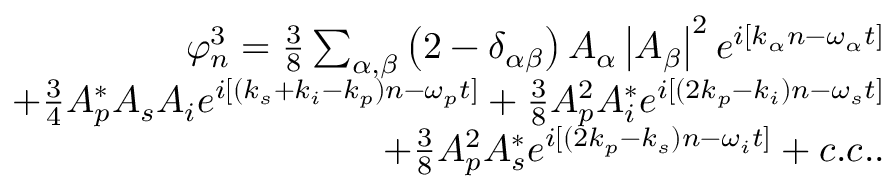
\begin{array} { r } { \varphi _ { n } ^ { 3 } = \frac { 3 } { 8 } \sum _ { \alpha , \beta } \left( 2 - \delta _ { \alpha \beta } \right) A _ { \alpha } \left| A _ { \beta } \right| ^ { 2 } e ^ { i [ k _ { \alpha } n - \omega _ { \alpha } t ] } } \\ { + \frac { 3 } { 4 } A _ { p } ^ { * } A _ { s } A _ { i } e ^ { i [ ( k _ { s } + k _ { i } - k _ { p } ) n - \omega _ { p } t ] } + \frac { 3 } { 8 } A _ { p } ^ { 2 } A _ { i } ^ { * } e ^ { i [ ( 2 k _ { p } - k _ { i } ) n - \omega _ { s } t ] } } \\ { + \frac { 3 } { 8 } A _ { p } ^ { 2 } A _ { s } ^ { * } e ^ { i [ ( 2 k _ { p } - k _ { s } ) n - \omega _ { i } t ] } + c . c . . } \end{array}